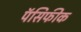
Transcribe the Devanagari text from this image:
पॅसिफीक